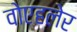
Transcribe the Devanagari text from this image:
वोएहलेर